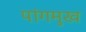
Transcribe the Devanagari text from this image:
पांगमुख